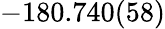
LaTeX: -180.740(58)